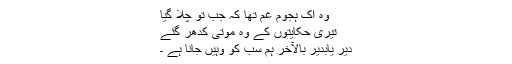
وہ اِک ہجوم غم تھا کہ جب تو چلا گیا
تیری حکایتوں کے وہ موتی کدھر گئے
دیر یابدیر بالآخر ہم سب کو وہیں جانا ہے ۔